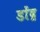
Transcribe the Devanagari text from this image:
डोंद्र